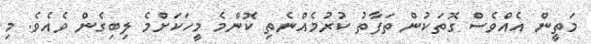
މަތީން އެއްވެސް ގޮތަކުން ތަފާތު ކުރުމެއްނެތި ކޮންމެ މީހަކަށްމެ ލިބިގެން ވެއެވެ. މި